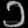
Digit: ၁